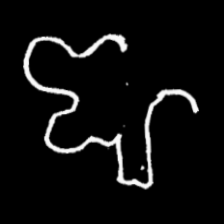
Pyu character \u2014 Myanmar letter: ဈ (romanized: jha)